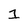
Character: 1